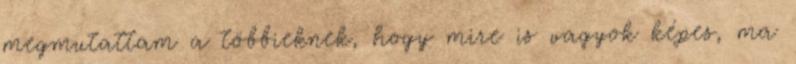
megmutattam a többieknek, hogy mire is vagyok képes, ma